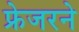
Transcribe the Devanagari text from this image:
फ्रेजरने